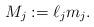
LaTeX: \begin{align*}M_j := \ell_jm_j.\end{align*}